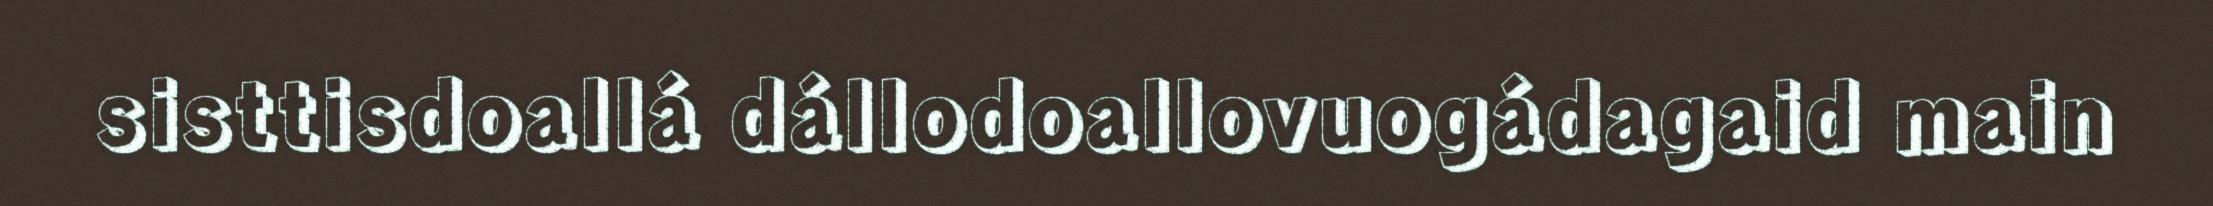
sisttisdoallá dállodoallovuogádagaid main